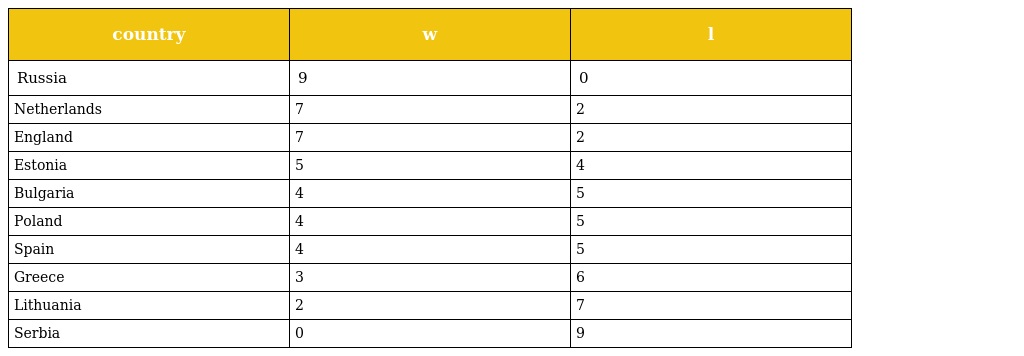
| country | w | l |
 | --- | --- | --- |
 | Russia | 9 | 0 |
 | Netherlands | 7 | 2 |
 | England | 7 | 2 |
 | Estonia | 5 | 4 |
 | Bulgaria | 4 | 5 |
 | Poland | 4 | 5 |
 | Spain | 4 | 5 |
 | Greece | 3 | 6 |
 | Lithuania | 2 | 7 |
 | Serbia | 0 | 9 |